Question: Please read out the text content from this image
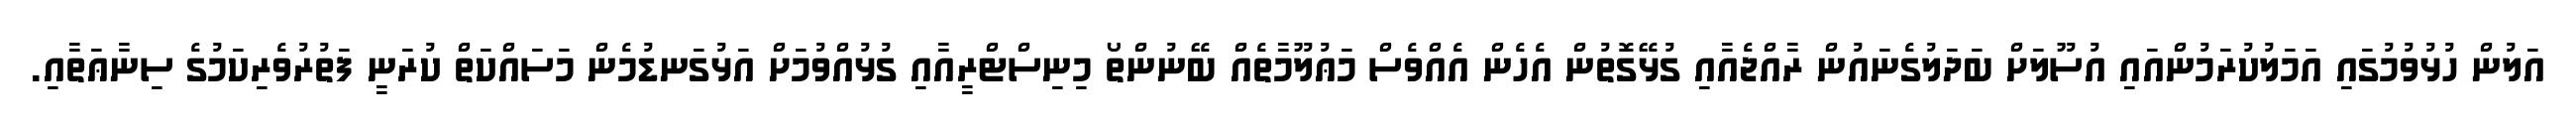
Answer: އަލުން ހުޅުވުމުގައި އަމަލުކުރަމުންއައި އުސޫލަށް ބަދަލުގެނައުން ރާއްޖެއާއި ގުޅޭގޮތުން އެހެން އެއްވެސް މަޢުލޫމާތެއް ބޭނުންތޯ މިނިސްޓްރީއާއި ގުޅުއްވުމަށް އަޅުގަނޑުމެން މަސައްކަތް ކުރަނީ ފަތުރުވެރިކަމުގެ ސިނާޢަތާއި.